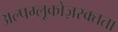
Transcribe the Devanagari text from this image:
अल्पग्लूकोज़रक्तता